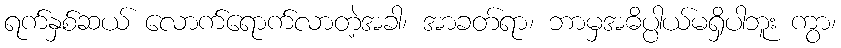
ရက်နှစ်ဆယ် လောက်ရောက်လာတဲ့အခါ၊ အာခတ်ရာ၊ ဘာမှအဓိပ္ပါယ်မရှိပါဘူး ကွာ၊